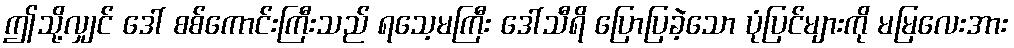
ဤသို့လျှင် ဒေါ် စစ်ကောင်းကြီးသည် ရသေ့မကြီး ဒေါ်သီရိ ပြောပြခဲ့သော ပုံပြင်များကို မမြလေးအား